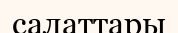
салаттары